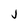
Character: j